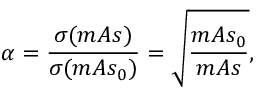
\alpha = \frac { \sigma ( m A s ) } { \sigma ( m A s _ { 0 } ) } = \sqrt { \frac { m A s _ { 0 } } { m A s } } ,